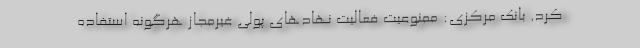
کرد. بانک مرکزی: ممنوعیت فعالیت نهادهای پولی غیرمجاز هرگونه استفاده